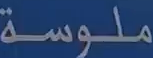
ملوسة